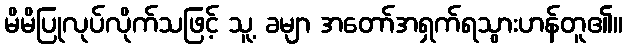
မိမိပြုလုပ်လိုက်သဖြင့် သူ့ ခမျာ အတော်အရှက်ရသွားဟန်တူ၏။